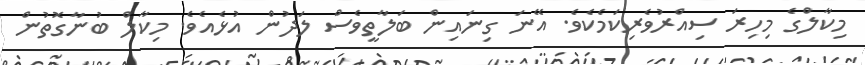
މިކާލްގެ މިހިރަ ސިއްރުވެރިކަމެކެވެ. އޭނަ ގިނައިން ބަލާތީވެސް ލަދުން އުޅެއެވެ. މިކާލް ބުނާގޮތުން